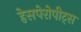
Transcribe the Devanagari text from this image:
हेसपेरोपीट्स